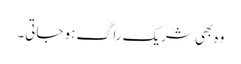
وہ بھی شریک راگ ہو جاتی۔